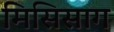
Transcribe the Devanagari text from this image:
मिसिसाग